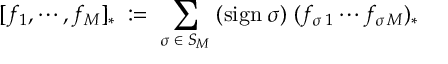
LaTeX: [ f _ { 1 } , \cdots , f _ { M } ] _ { * } \; : = \; \sum _ { \sigma \; \in \; S _ { M } } \; ( \mathrm { s i g n } \; \sigma ) \; ( f _ { \sigma \, 1 } \cdots f _ { \sigma \, M } ) _ { * }